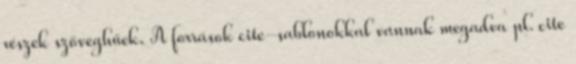
részek szöveghűek. A források cite-sablonokkal vannak megadva pl. cite